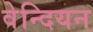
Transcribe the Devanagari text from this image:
वेन्दियन